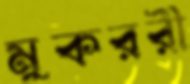
মুকররী